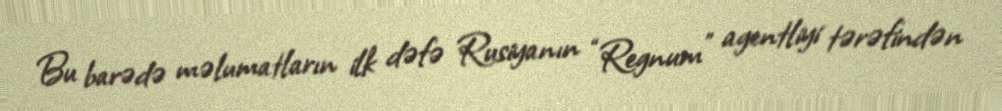
Bu barədə məlumatların ilk dəfə Rusiyanın “Regnum” agentliyi tərəfindən